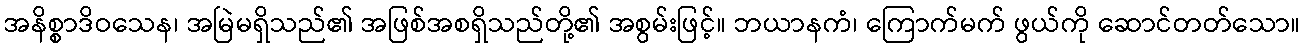
အနိစ္စာဒိဝသေန၊ အမြဲမရှိသည်၏ အဖြစ်အစရှိသည်တို့၏ အစွမ်းဖြင့်။ ဘယာနကံ၊ ကြောက်မက် ဖွယ်ကို ဆောင်တတ်သော။